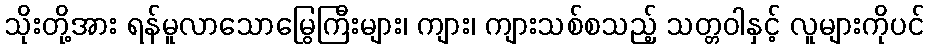
သိုးတို့အား ရန်မူလာသောမြွေကြီးများ၊ ကျား၊ ကျားသစ်စသည့် သတ္တဝါနှင့် လူများကိုပင်